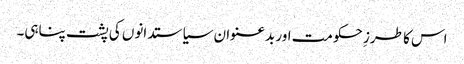
اس کا طرزِ حکومت اور بدعنوان سیاستدانوں کی پشت پناہی۔